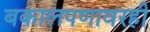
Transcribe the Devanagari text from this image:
बकालपणावरही